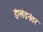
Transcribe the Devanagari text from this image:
इंग्लंडनंतर